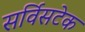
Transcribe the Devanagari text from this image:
सर्विसटेक